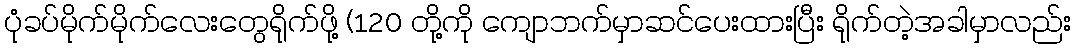
ပုံခပ်မိုက်မိုက်လေးတွေရိုက်ဖို့ (120 တို့ကို ကျောဘက်မှာဆင်ပေးထားပြီး ရိုက်တဲ့အခါမှာလည်း